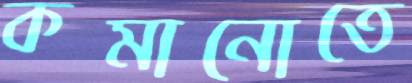
কমানোতে